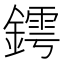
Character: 𨬆